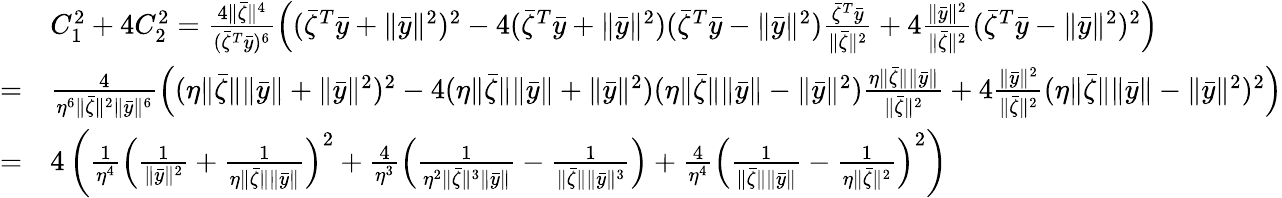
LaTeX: \begin{array}{rl}&{C_{1}^{2}+4C_{2}^{2}=\frac{4\| \bar{\zeta}\| ^{4}}{(\bar{\zeta}^{T}\bar{y})^{6}}\left((\bar{\zeta}^{T}\bar{y}+\| \bar{y}\| ^{2})^{2}-4(\bar{\zeta}^{T}\bar{y}+\| \bar{y}\| ^{2})(\bar{\zeta}^{T}\bar{y}-\| \bar{y}\| ^{2})\frac{\bar{\zeta}^{T}\bar{y}}{\| \bar{\zeta}\| ^{2}}+4\frac{\| \bar{y}\| ^{2}}{\| \bar{\zeta}\| ^{2}}(\bar{\zeta}^{T}\bar{y}-\| \bar{y}\| ^{2})^{2}\right)}\\ {=}&{\frac{4}{\eta^{6}\| \bar{\zeta}\| ^{2}\| \bar{y}\| ^{6}}\left((\eta\| \bar{\zeta}\| \| \bar{y}\| +\| \bar{y}\| ^{2})^{2}-4(\eta\| \bar{\zeta}\| \| \bar{y}\| +\| \bar{y}\| ^{2})(\eta\| \bar{\zeta}\| \| \bar{y}\| -\| \bar{y}\| ^{2})\frac{\eta\| \bar{\zeta}\| \| \bar{y}\| }{\| \bar{\zeta}\| ^{2}}+4\frac{\| \bar{y}\| ^{2}}{\| \bar{\zeta}\| ^{2}}(\eta\| \bar{\zeta}\| \| \bar{y}\| -\| \bar{y}\| ^{2})^{2}\right)}\\ {=}&{4\left(\frac{1}{\eta^{4}}\left(\frac{1}{\| \bar{y}\| ^{2}}+\frac{1}{\eta\| \bar{\zeta}\| \| \bar{y}\| }\right)^{2}+\frac{4}{\eta^{3}}\left(\frac{1}{\eta^{2}\| \bar{\zeta}\| ^{3}\| \bar{y}\| }-\frac{1}{\| \bar{\zeta}\| \| \bar{y}\| ^{3}}\right)+\frac{4}{\eta^{4}}\left(\frac{1}{\| \bar{\zeta}\| \| \bar{y}\| }-\frac{1}{\eta\| \bar{\zeta}\| ^{2}}\right)^{2}\right)}\end{array}